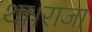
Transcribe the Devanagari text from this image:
था।राजा